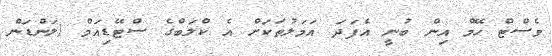
ވެސްޓް ހޭމް އިން ބުނީ އެފަދަ އަމަލުތަކަށް އެ ކްލަބްގެ ސްޓޭޑިއަމް (ލަންޑަން